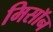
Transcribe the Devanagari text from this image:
मिसॉन